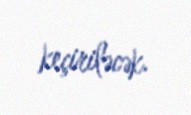
keçiriləcək.